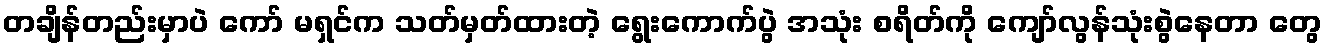
တချိန်တည်းမှာပဲ ကော် မရှင်က သတ်မှတ်ထားတဲ့ ရွေးကောက်ပွဲ အသုံး စရိတ်ကို ကျော်လွန်သုံးစွဲနေတာ တွေ